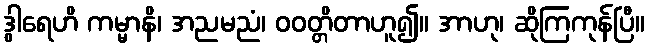
ဒွါရေဟိ ကမ္မာနိ၊ အညမညံ၊ ဝဝတ္တိတာဟူ၍။ အာဟု၊ ဆိုကြကုန်ပြီ။